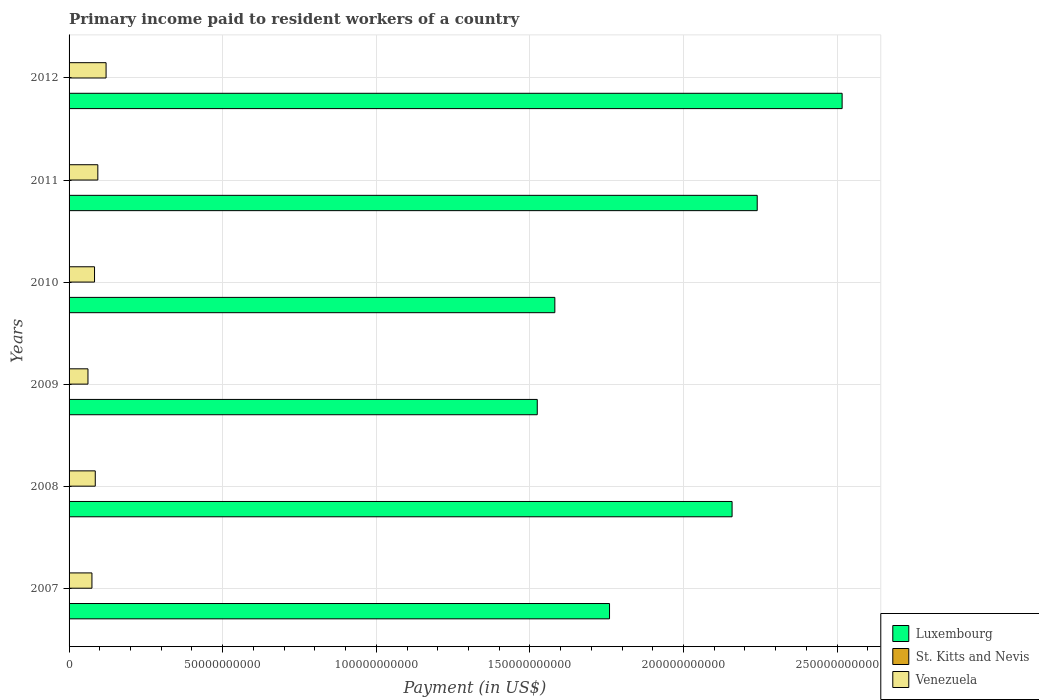
| Years | Luxembourg | St. Kitts and Nevis | Venezuela |
 | --- | --- | --- | --- |
 | 2007 | 1.76e+11 | 4.57e+07 | 7.44e+09 |
 | 2008 | 2.16e+11 | 4.42e+07 | 8.53e+09 |
 | 2009 | 1.52e+11 | 4.44e+07 | 6.15e+09 |
 | 2010 | 1.58e+11 | 3.69e+07 | 8.28e+09 |
 | 2011 | 2.24e+11 | 3.6e+07 | 9.36e+09 |
 | 2012 | 2.52e+11 | 2.91e+07 | 1.2e+10 |